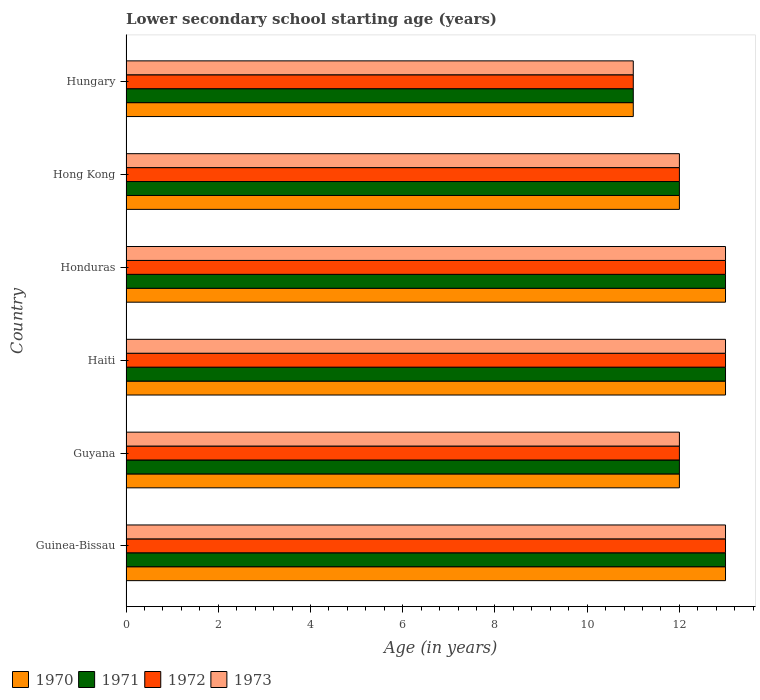
| Country | 1970 | 1971 | 1972 | 1973 |
 | --- | --- | --- | --- | --- |
 | Guinea-Bissau | 13 | 13 | 13 | 13 |
 | Guyana | 12 | 12 | 12 | 12 |
 | Haiti | 13 | 13 | 13 | 13 |
 | Honduras | 13 | 13 | 13 | 13 |
 | Hong Kong | 12 | 12 | 12 | 12 |
 | Hungary | 11 | 11 | 11 | 11 |